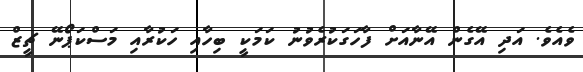
ވެއެވެ. އަދި އޭގެން އޭނާއަށް ފާހަގަކުރެވުނު ކަމަކީ ބިހާއި ހަކުރާއި މަސްކަޕޯނޭ ޗީޒް